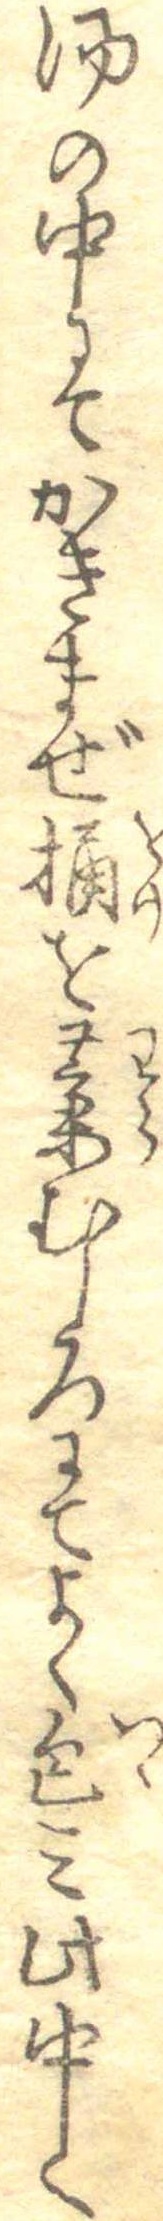
湯の中にてかきまぜ桶を藁むしろにてよく包み此中へ